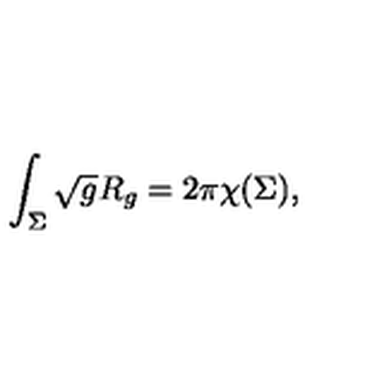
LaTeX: \int _ { \Sigma } \sqrt g R _ { g } = 2 \pi \chi ( \Sigma ) ,